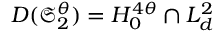
D ( \mathfrak { S } _ { 2 } ^ { \theta } ) = H _ { 0 } ^ { 4 \theta } \cap L _ { d } ^ { 2 }